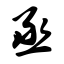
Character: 丞